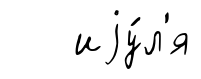
иjу́л'я